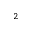
^ 2